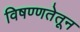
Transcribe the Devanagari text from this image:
विषण्णतेतून